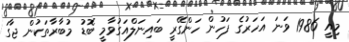
މިއީ 1986 ވަނަ އަހަރުގެ ފަހުން ހަންގޭރީ ބައިނަލްއަގުވާމީ ބޮޑު މުބާރާތަކުން ޖާގަ